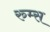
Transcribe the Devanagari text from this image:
रुम्स